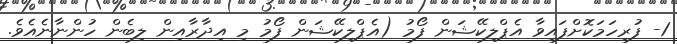
1- ފުރިހަމަކޮށްފައިވާ އެޕްލިކޭޝަން ފޯމު (އެޕްލިކޭޝަން ފޯމު މި އިދާރާއިން ލިބެން ހުންނާނެއެވެ.